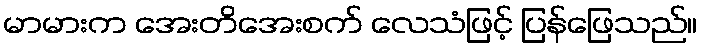
မာမားက အေးတိအေးစက် လေသံဖြင့် ပြန်ဖြေသည်။